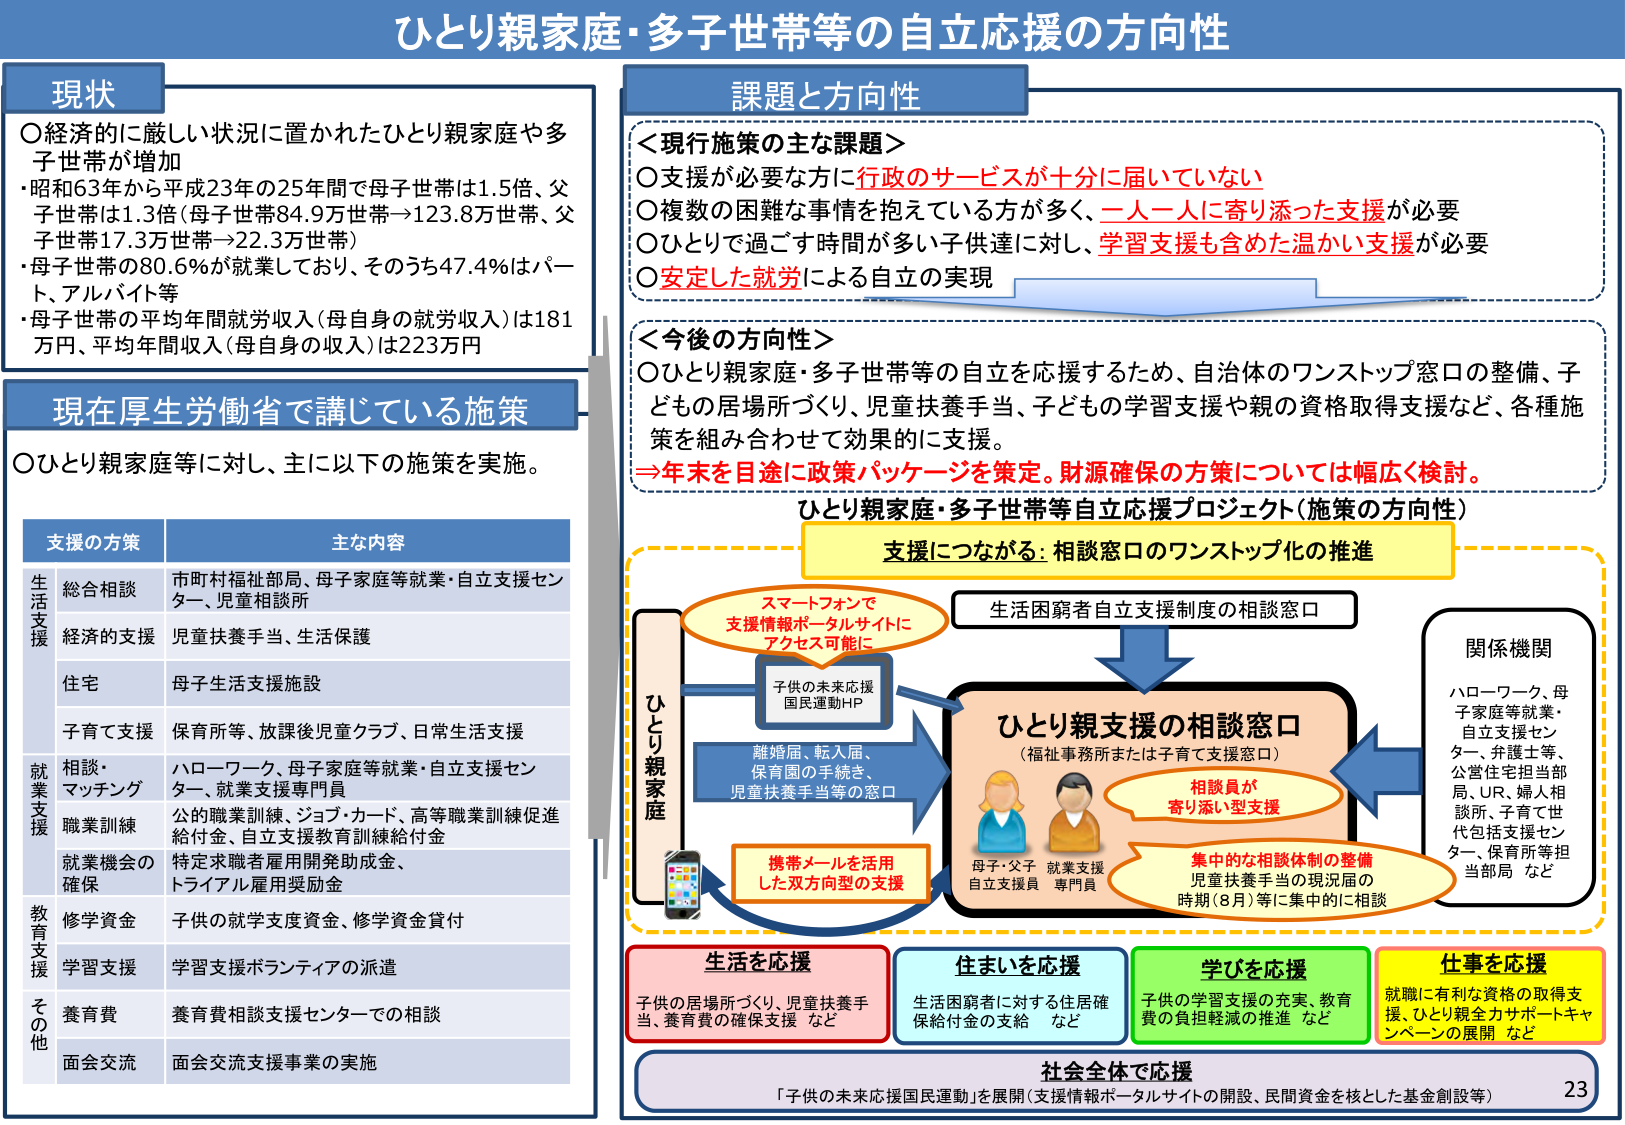
ひとり親家庭・多子世帯等の自立応援の方向性

現状
○経済的に厳しい状況に置かれたひとり親家庭や多子世帯が増加
・昭和63年から平成23年の25年間で母子世帯は1.5倍、父子世帯は1.3倍（母子世帯84.9万世帯→123.8万世帯、父子世帯17.3万世帯→22.3万世帯）
・母子世帯の80.6％が就業しており、そのうち47.4％はパート、アルバイト等
・母子世帯の平均年間就労収入（母自身の就労収入）は181万円、平均年間収入（母自身の収入）は223万円

現在厚生労働省で講じている施策
○ひとり親家庭等に対し、主に以下の施策を実施。

支援の方策　　　　　　　主な内容
生活支援
　総合相談　　　　　市町村福祉部局、母子家庭等就業・自立支援センター、児童相談所
　経済的支援　　　　児童扶養手当、生活保護
　住宅　　　　　　　母子生活支援施設
　子育て支援　　　　保育所等、放課後児童クラブ、日常生活支援
就業支援
　相談・マッチング　ハローワーク、母子家庭等就業・自立支援センター、就業支援専門員
　職業訓練　　　　　公的職業訓練、ジョブ・カード、高等職業訓練促進給付金、自立支援教育訓練給付金
　就業機会の確保　　特定求職者雇用開発助成金、トライアル雇用奨励金
教育支援
　修学資金　　　　　子供の就学支援資金、修学資金貸付
　学習支援　　　　　学習支援ボランティアの派遣
その他
　養育費　　　　　　養育費相談支援センターでの相談
　面会交流　　　　　面会交流支援事業の実施

課題と方向性
＜現行施策の主な課題＞
○支援が必要な方に行政のサービスが十分に届いていない
○複数の困難な事情を抱えている方が多く、一人一人に寄り添った支援が必要
○ひとりで過ごす時間が多いう子供達に対し、学習支援も含めた温かい支援が必要
○安定した就労による自立の実現

＜今後の方針＞
○ひとり親家庭・多子世帯等の自立を応援するため、自治体のワンストップ窓口の整備、子どもの居場所づくり、児童扶養手当、子どもの学習支援や親の資格取得支援など、各種施策を組み合わせて効果的に支援。
→年末を目途に政策パッケージを策定。財源確保の方策については幅広く検討。

ひとり親家庭・多子世帯等自立応援プロジェクト（施策の方向性）
支援につながる：相談窓口のワンストップ化の推進

スマートフォンで
支援情報ポータルサイトに
アクセス可能に

生活困窮者自立支援制度の相談窓口

ひとり親家庭
離婚届、転入届、
保育園の手続き、
児童扶養手当等の窓口

子供の未来応援
国民運動HP

ひとり親支援の相談窓口
（福祉事務所または子育て支援窓口）

母子・父子　就業支援
自立支援員　専門員

相談員が
寄り添い型支援

集中的な相談体制の整備
児童扶養手当の現況届の
時期（8月）等に集中的に相談

関係機関
ハローワーク、母子家庭等就業・自立支援センター、弁護士等、公営住宅担当部局、UR、婦人相談所、子育て世代包括支援センター、保育所等担当部局　など

携帯メールを活用
した双方向型の支援

生活を応援
子供の居場所づくり、児童扶養手当、養育費の確保支援　など

住まいを応援
生活困窮者に対する住宅確保給付金の支給　など

学びを応援
子供の学習支援の充実、教育費の負担軽減の推進　など

仕事を応援
就職に有利な資格の取得支援、ひとり親全力サポートキャンペーンの展開　など

社会全体で応援
「子供の未来応援国民運動」を展開（支援情報ポータルサイトの開設、民間資金を核とした基金創設等）

23